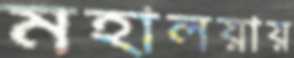
মহালয়ায়